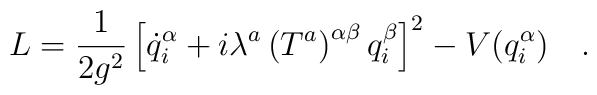
L=\frac{1}{2g^2}\left[\dot{q}^\alpha_i+i\lambda^a\left(T^a\right)^{\alpha\beta}q^\beta_i\right]^2-V(q^\alpha_i)\ \ \ .